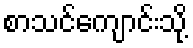
စာသင်ကျောင်းသို့